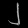
Digit: ၂